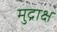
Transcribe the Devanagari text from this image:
मुद्राक्ष